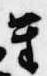
笙